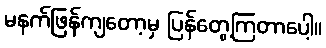
မနက်ဖြန်ကျတော့မှ ပြန်တွေ့ကြတာပေါ့။